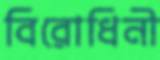
বিরোধিনী